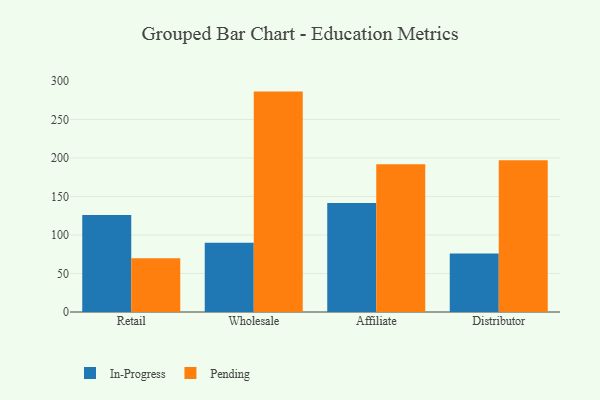
{"axis": {"x": "Channel", "y": "Waste Production (Tons)"}, "legend": ["In-Progress", "Pending"], "data": [{"x": "Retail", "y": 126.0, "type": "In-Progress"}, {"x": "Retail", "y": 69.9, "type": "Pending"}, {"x": "Wholesale", "y": 89.9, "type": "In-Progress"}, {"x": "Wholesale", "y": 286.1, "type": "Pending"}, {"x": "Affiliate", "y": 141.5, "type": "In-Progress"}, {"x": "Affiliate", "y": 191.8, "type": "Pending"}, {"x": "Distributor", "y": 76.1, "type": "In-Progress"}, {"x": "Distributor", "y": 197.0, "type": "Pending"}]}